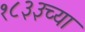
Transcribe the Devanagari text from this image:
१८३३च्या